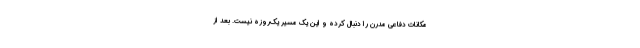
مکانات دفاعی مدرن را دنبال کرده و این یک مسیر یک‌روزه نیست. بعد از